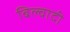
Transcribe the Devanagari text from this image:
बिल्वादी